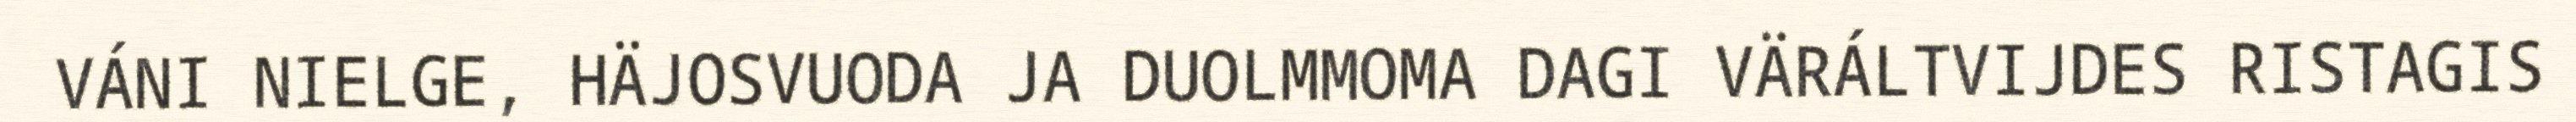
VÁNI NIELGE, HÄJOSVUODA JA DUOLMMOMA DAGI VÄRÁLTVIJDES RISTAGIS